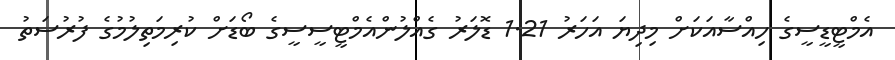
އެމްޓީޑީސީގެ ހިއްސާއަކަށް މިދިޔަ އަހަރު 1.21 ޑޮލަރު ގެއްލުންއެމްޓީސީސީގެ ބޯޑަށް ކުރިމަތިލުމުގެ ފުރުސަތު